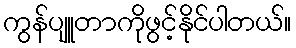
ကွန်ပျူတာကိုဖွင့်နိုင်ပါတယ်။